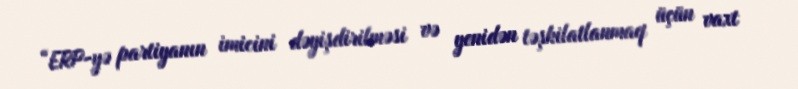
“ERP-yə partiyanın imicini dəyişdirilməsi və yenidən təşkilatlanmaq üçün vaxt